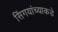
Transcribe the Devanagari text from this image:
सिंगयांच्याकडे